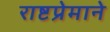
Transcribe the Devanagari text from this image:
राष्टप्रेमाने